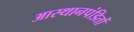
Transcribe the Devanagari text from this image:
आस्थानपंडितों